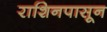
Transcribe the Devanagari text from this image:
राशिनपासून